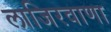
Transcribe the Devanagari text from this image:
लाजिरवाणा